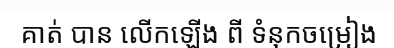
គាត់ បាន លើកឡើង ពី ទំនុកចម្រៀង